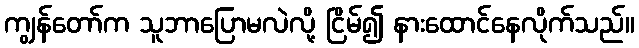
ကျွန်တော်က သူဘာပြောမလဲလို့ ငြိမ်၍ နားထောင်နေလိုက်သည်။